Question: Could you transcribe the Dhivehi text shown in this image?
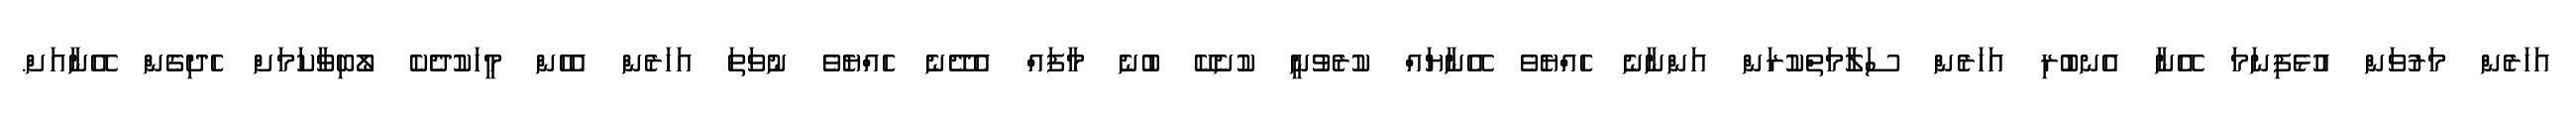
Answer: އަހަރެން މަރުވަން އުޅެފިނަމަ އޭނާ އެނބުރި އަހަރެން ސަލާމަތްކުރަން އަންނާނެ ހެއްޔެވެ އޭނާޔައް ކުރެވުނީ ކުށެކޭ ބުނެ މާފައް އެދޭނެ ހެއްޔެވެ ނުވަތަ އަހަރެން އެހެން މީހަކުދެކެ ލޯބިވާކަމަށް ހެދިގެން އޭނާއަށް.